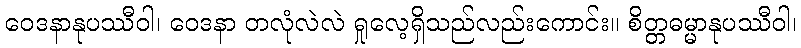
ဝေဒနာနုပဿီဝါ၊ ဝေဒနာ တလုံလဲလဲ ရှုလေ့ရှိသည်လည်းကောင်း။ စိတ္တဓမ္မာနုပဿီဝါ၊